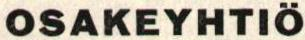
OSAKEYHTIÖ